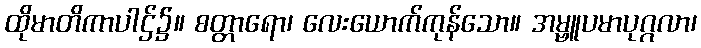
ထိုမာတိကာပါဌ်၌။ စတ္တာရော၊ လေးယောက်ကုန်သော။ အမ္ဗူပမာပုဂ္ဂလာ၊